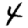
Digit: 4